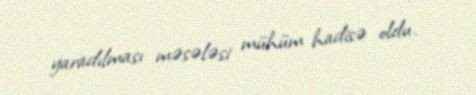
yaradılması məsələsi mühüm hadisə oldu.